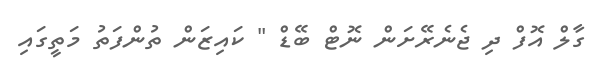
ގާލް އޮފް ދި ޖެނެރޭށަން ނޮޓް ބޭޑް " ކައިޒަން ތުންފަތު މަތީގައި